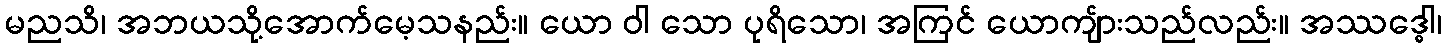
မညသိ၊ အဘယသို့အောက်မေ့သနည်း။ ယော ဝါ သော ပုရိသော၊ အကြင် ယောကျ်ားသည်လည်း။ အဿဒ္ဓေါ၊